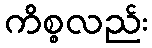
ကိစ္စလည်း